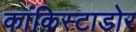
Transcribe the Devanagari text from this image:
कांकिस्टाडोर